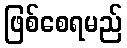
ဖြစ်စေရမည်